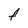
Character: f